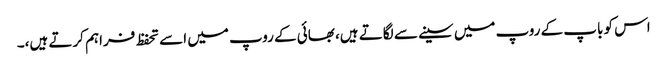
اس کو باپ کے روپ میں سینے سے لگاتے ہیں، بھائی کے روپ میں اسے تحفظ فراہم کرتے ہیں،۔